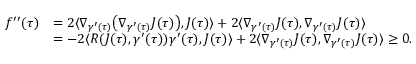
\begin{array} { r l } { f ^ { \prime \prime } ( \tau ) } & { = 2 \langle \nabla _ { \gamma ^ { \prime } ( \tau ) } \big ( \nabla _ { \gamma ^ { \prime } ( \tau ) } J ( \tau ) \big ) , J ( \tau ) \rangle + 2 \langle \nabla _ { \gamma ^ { \prime } ( \tau ) } J ( \tau ) , \nabla _ { \gamma ^ { \prime } ( \tau ) } J ( \tau ) \rangle } \\ & { = - 2 \langle R ( J ( \tau ) , \gamma ^ { \prime } ( \tau ) ) \gamma ^ { \prime } ( \tau ) , J ( \tau ) \rangle + 2 \langle \nabla _ { \gamma ^ { \prime } ( \tau ) } J ( \tau ) , \nabla _ { \gamma ^ { \prime } ( \tau ) } J ( \tau ) \rangle \geq 0 . } \end{array}